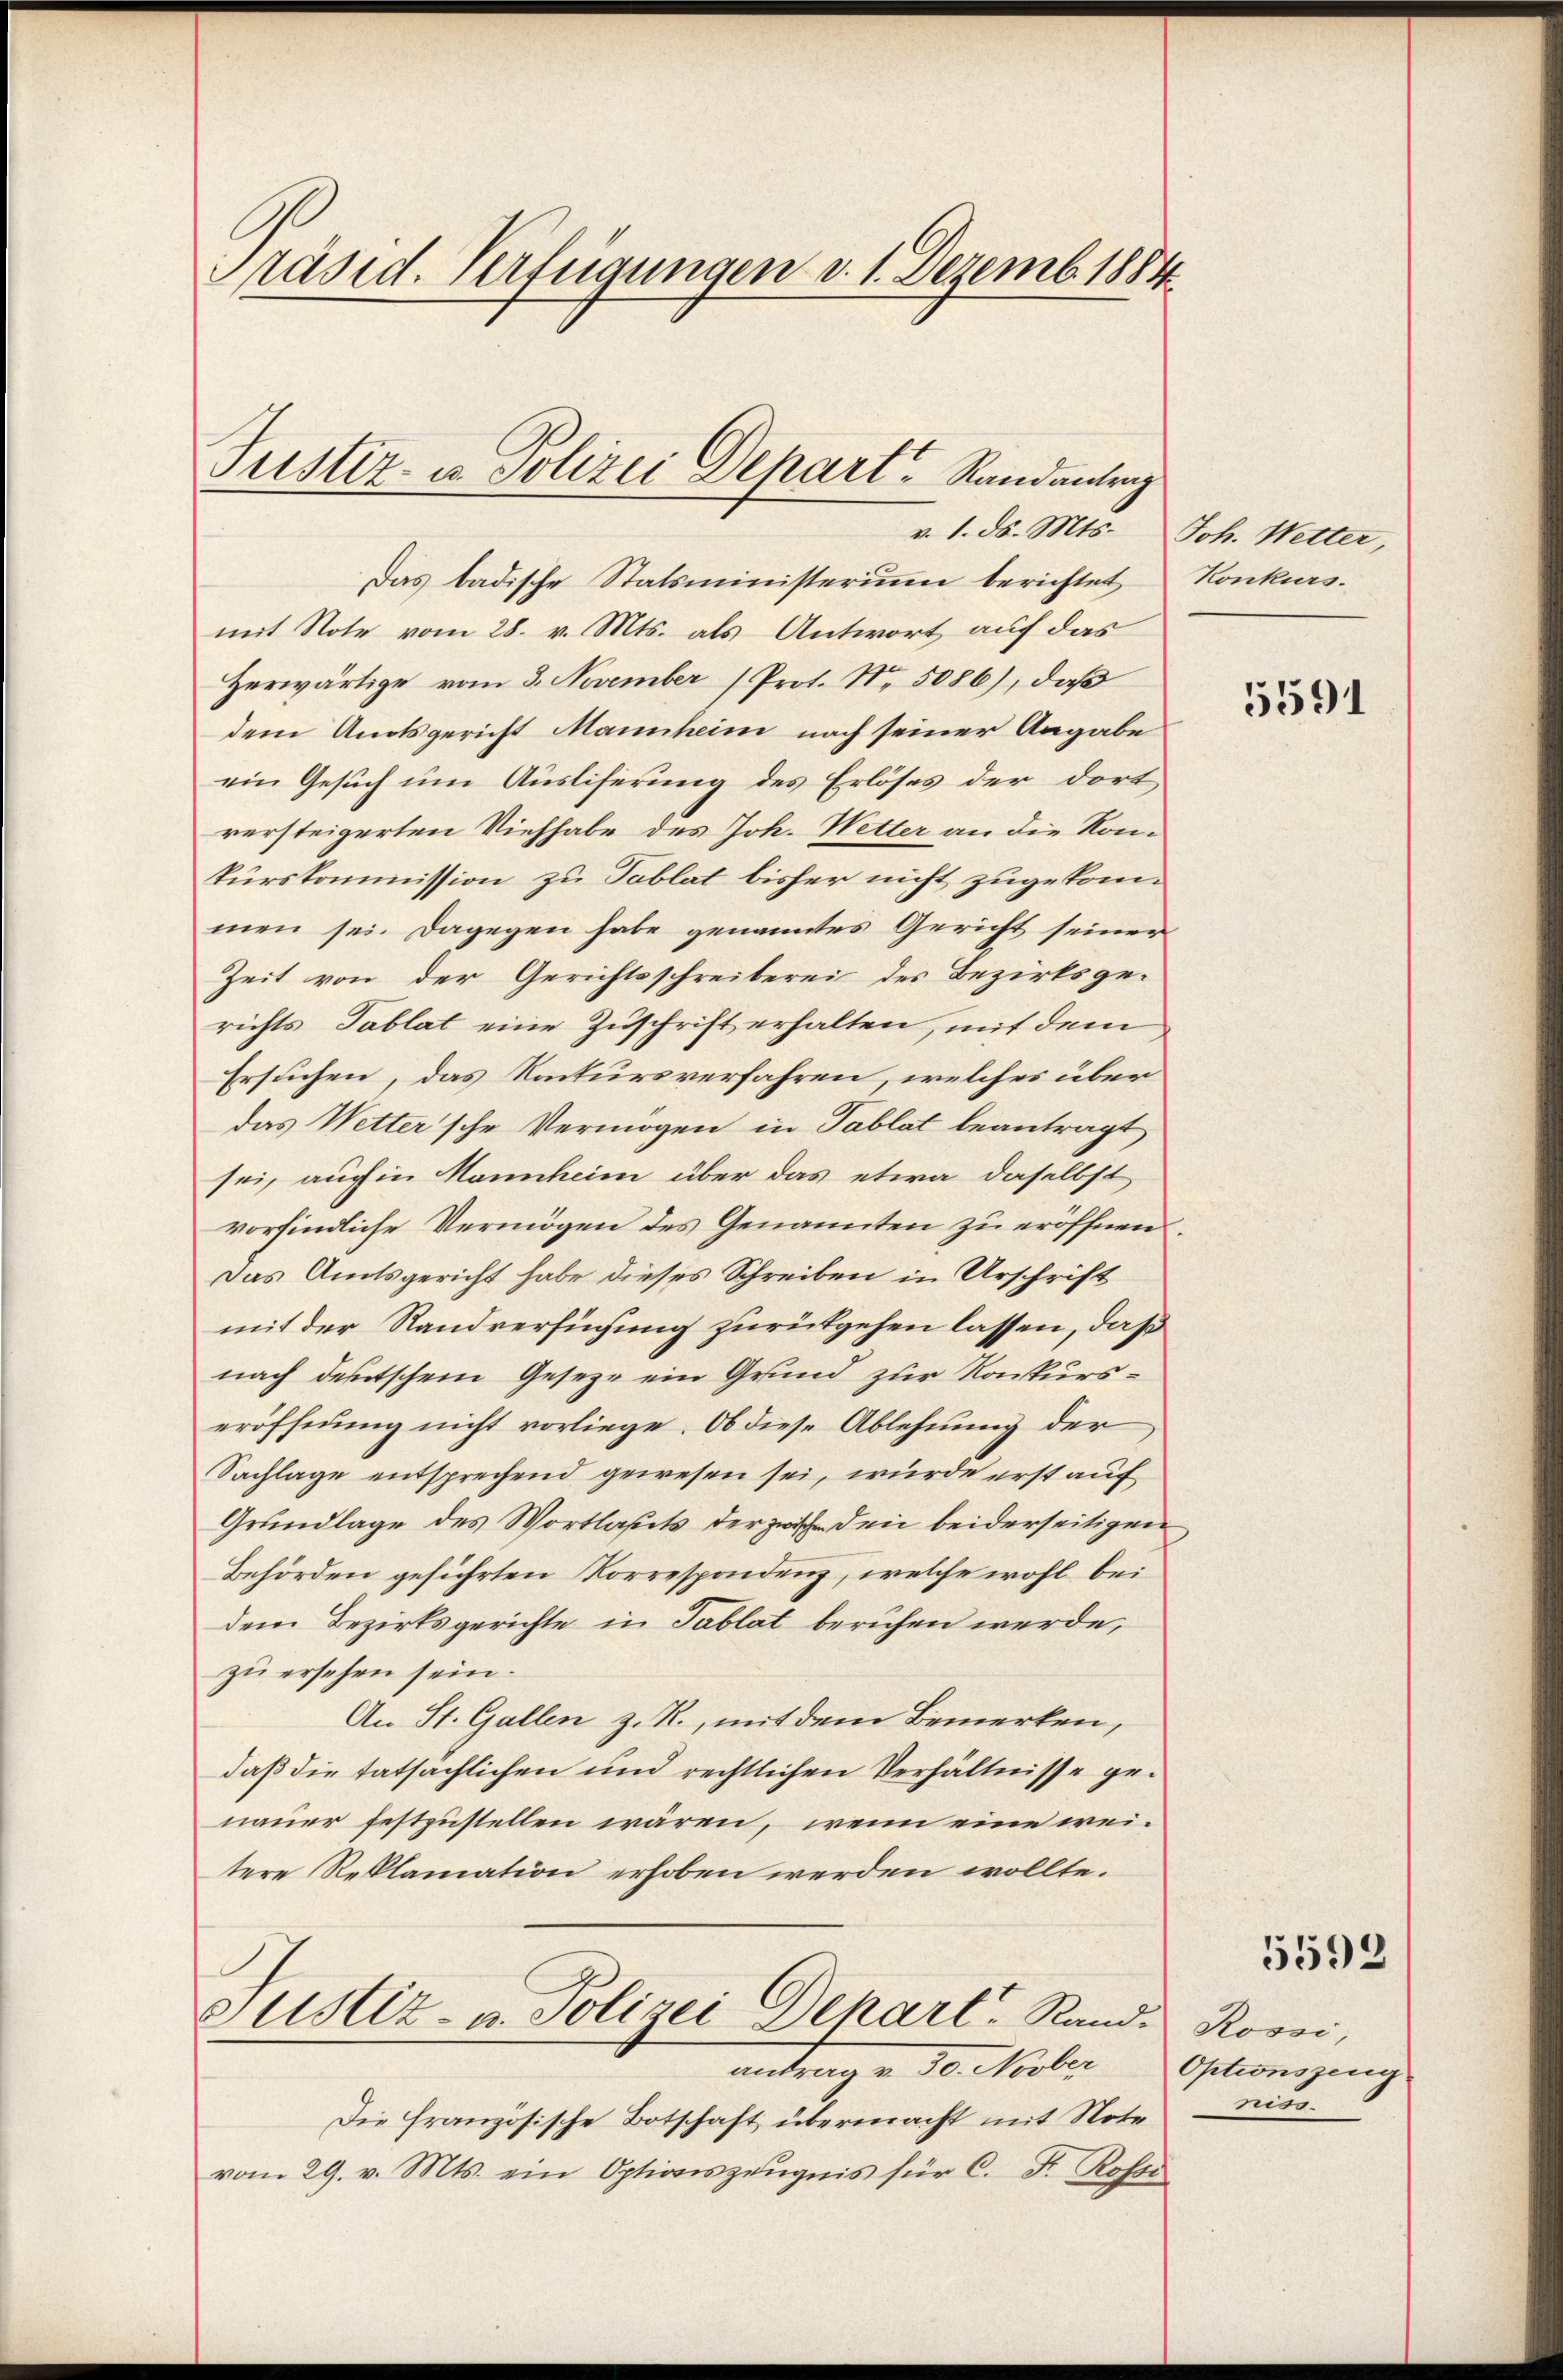
Präsid. Verfügungen d. 1. Dezemb. 1884

Das badische Statsministerium berichtet
mit Note vom 28. v. Mts. als Antwort auf das
Herwärtige vom 3. November (Prot. No. 5086), daß
dem Amtsgericht Mannheim nach seiner Angabe
ein Gesuch um Ausliferung des Erlöses der dortversteigerten Viehhabe des Joh. Wetter an die Konkurskommission zu Tablat bisher nicht zugekommen sei. Dagegen habe genanntes Gericht seiner
Zeit von der Gerichtsschreiberei des Bezirksgerichts Tablat eine Zuschrift erhalten, mit dem
Ersuchen, das Konkursverfahren, welches über
das Wetter sche Vermögen in Tablat beantragt
sei, auch in Mannheim über das etwa daselbst
vorfindliche Vermögen des Genannten zu eröffnen.
Das Amtsgericht habe dieses Schreiben in Urschrift
mit der Randversuchung zurükgehen lassen, daß
nach deutschem Gesetze ein Grund zur Konkurseröffnung nicht vorliege. Ob diese Ablehnung der
Sachlage entsprechend gewesen sei, wurde erst auf
Grundlage des Wortlastets der zwische den beiderseitigen
Behörden geführten Korrespondenz, welche wohl bei
dem Bezirksgerichte in Tablat beruhen werde,
zu ersehen sein.
An St. Gallen z. R., mit dem Bemerken,
daß die tatsächlichen und rechtlichen Verhältnisse genauer festzustellen wären, wenn eine weitere Reklamation erhoben werden wollte.
Justiz- u. Polizei Depart. Rand. Rossi,
antrage 10. Kober
Die französische Botschaft übermacht mit Noteriss.
vom 29. v. Mts. ein Optionszeugnis für C. Fr. Rosse

Justiz- u. Polizei Depart Randantrag
v. 1. ds. Mts.

Joh. Wetter,
Konkurs.

5591

5593

Optionszeug